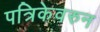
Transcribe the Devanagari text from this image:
पत्रिकेवरुन